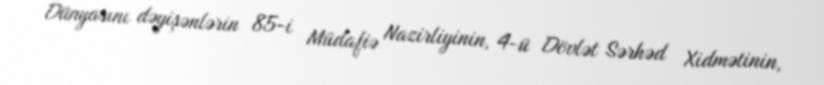
Dünyasını dəyişənlərin 85-i Müdafiə Nazirliyinin, 4-ü Dövlət Sərhəd Xidmətinin,